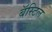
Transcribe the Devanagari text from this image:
बॅस्टिल